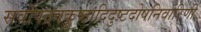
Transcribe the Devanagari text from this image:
सर्वोपद्रवकुष्ठादिदुष्टदोषनिवारिणी